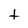
Character: t